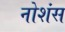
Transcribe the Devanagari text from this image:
नोशंस